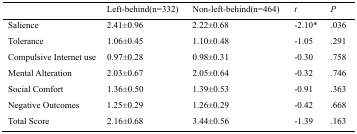
<table><thead><tr><td></td><td><b>Left-behind(n=332)</b></td><td><b>Non-left-behind(n=464)</b></td><td><b><i>t</i></b></td><td><b><i>P</i></b></td></tr></thead><tbody><tr><td>Salience</td><td>2.41±0.96</td><td>2.22±0.68</td><td>-2.10*</td><td>.036</td></tr><tr><td>Tolerance</td><td>1.06±0.45</td><td>1.10±0.48</td><td>-1.05</td><td>.291</td></tr><tr><td>Compulsive Internet use</td><td>0.97±0.28</td><td>0.98±0.31</td><td>-0.30</td><td>.758</td></tr><tr><td>Mental Alteration</td><td>2.03±0.67</td><td>2.05±0.64</td><td>-0.32</td><td>.746</td></tr><tr><td>Social Comfort</td><td>1.36±0.50</td><td>1.39±0.53</td><td>-0.91</td><td>.363</td></tr><tr><td>Negative Outcomes</td><td>1.25±0.29</td><td>1.26±0.29</td><td>-0.42</td><td>.668</td></tr><tr><td>Total Score</td><td>2.16±0.68</td><td>3.44±0.56</td><td>-1.39</td><td>.163</td></tr></tbody></table>